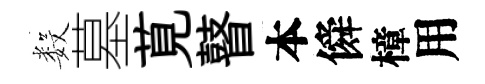
数墓莧瞽本僢樟用